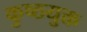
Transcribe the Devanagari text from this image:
कुष्ठयुक्त